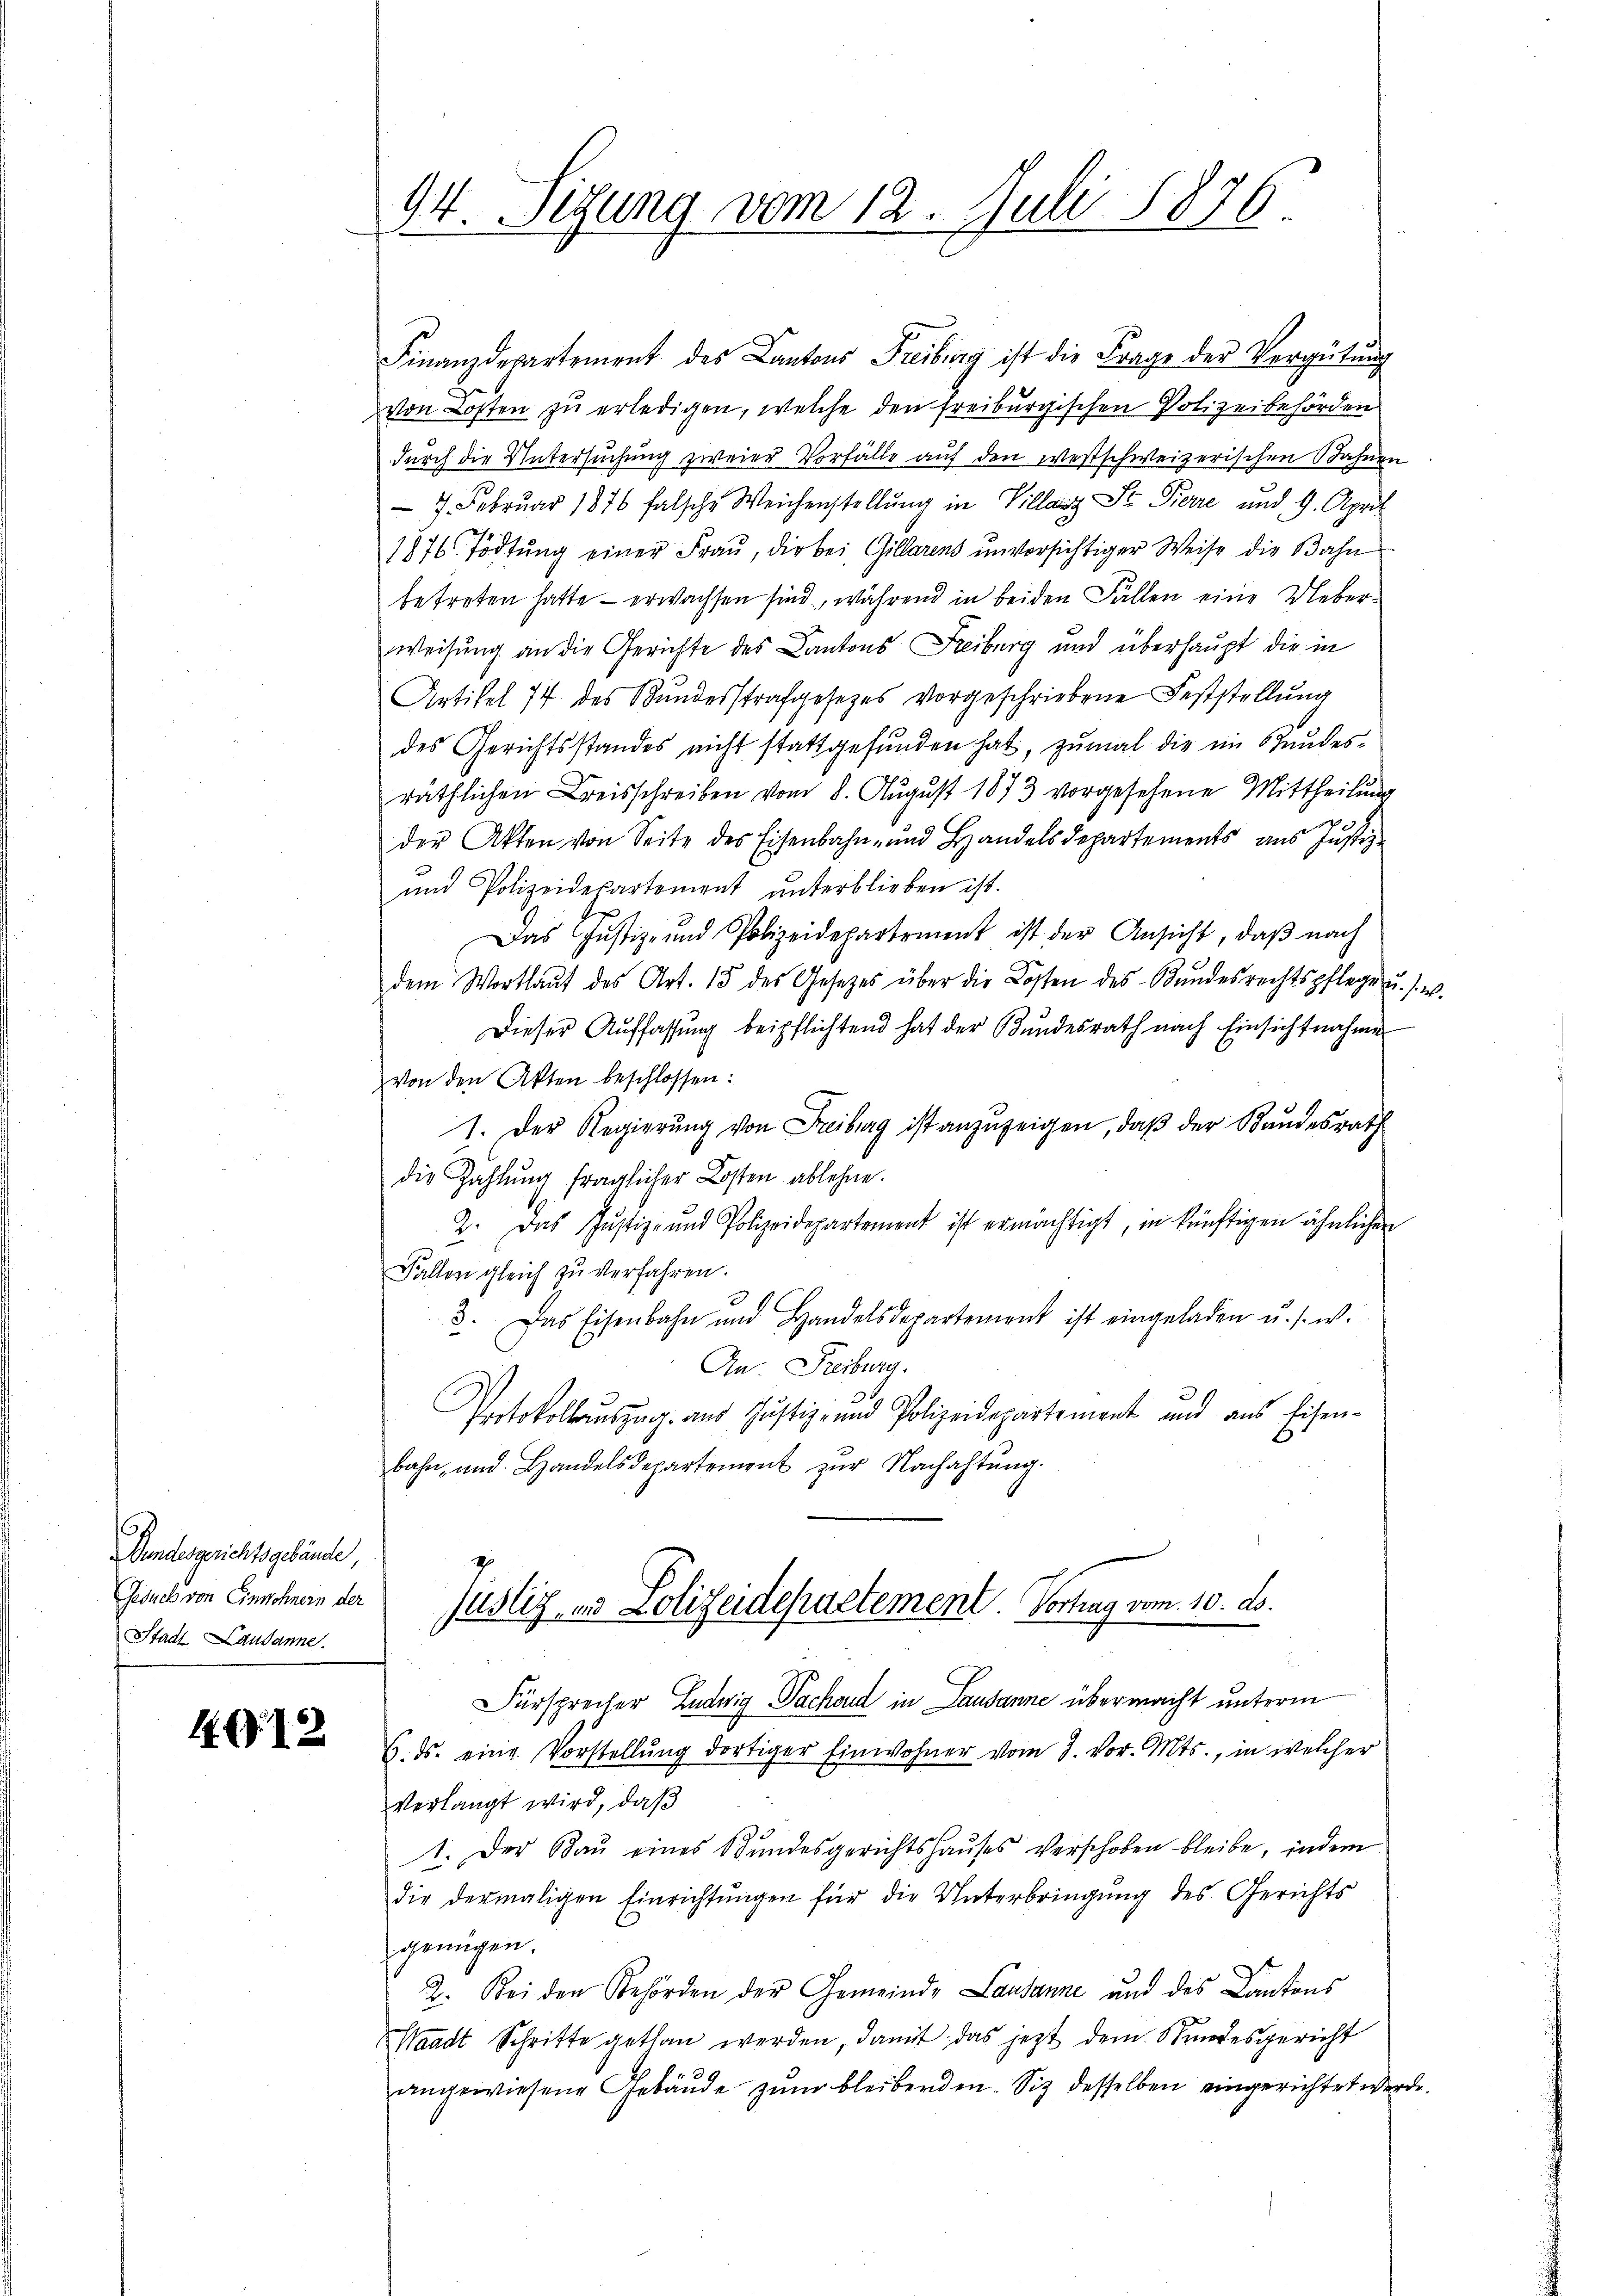
Bundesgerichtsgebäude,
Gesuch von Einwohnern der
Stadt Lausanne.

1. 722

94 Sizung vom 12. Juli 1876.
2

Finanzdepartement des Cantons Freiburg ist die Frage der Vergütung
von Kosten zŭ erledigen, welche den freiburgischen Polizeibehörden
durch die Untersuchung zweier Vorfälle auf den westschweizerischen Bahnen
 7. Februar 1876 falsche Weichenstellŭng in Villanz St. Perre und 9. April
1876 Tödtung einer Frau, die bei Gillarens unversichtiger Weise die Bahn
betreten hatte – erwachsen sind, während in beiden Fällen eine Ueber¬
Weisung an die Gerichte des Cantons Freiburg und überhaupt die in
Artikel 77 des Bundesstrafgesetzes vorgeschriebene Feststellung
des Gerichtsstandes nicht stattgefŭnden hat, zumal die im Stundes-
räthlichen Kreisschreiben vom 8. August 1873 vorgesehene Mittheilung
d
der Akten von Seite des Eisenbahn- und Handelsdepartements ans Justiz-
und Polizeidepartement unterblieben ist.
Das Justiz- und Polizeidepartement ist der Ansicht, daβ nach
dem Wortlaut des Art. 15 des Gesetzes über die Kosten des Kundesrechtspflege u. s. w.
Dieser Auffassŭng beipflichtend hat der Bundesrath nach Einsichtnahme
Von den Akten beschlossen:
1. Der Regierung von Freiburg ist anzuzeigen, daß der Bundesrath
die Zahlung fraglicher Kosten ablehne.
2. Das Justiz- und Polizeidepartement ist ermächtigt, in künftigen ähnlichen
Fallen gleich zu verfahren.
3. Das Eisenbahn und Handelsdepartement ist eingeladen u. s. w.
An Freiburg.
Protokollauszug aus Justiz- und Polizeidepartement und aus Eisen-
bahn, und Handelsdepartement zŭr Nachachtŭng.
Justiz- und Polizeidepartement. Vortrag vom 10. ds.
Fürsprecher Ludwig Sachend in Lausanne übermacht unterm
6. ds. eine Vorstellŭng dortiger Einwohner vom 3. vor. Mts., in welcher
verlangt wird, daß
1. Der Bau eines Bundesgerichtshauses verschoben bleibe, indem
die dermaligen Einrichtŭngen für die Unterbringŭng des Gerichts
genügen.
2. Bei den Behörden der Gemeinde Lausanne und des Cantons
Waadt Schritte gethan werden, damit das jetzt dem Stundesgericht
angewiesene Gebäude zum bleibenden. Sie desselben eingerichtet werde.